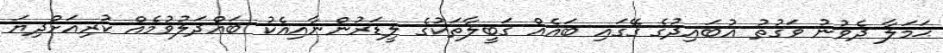
ޙަމަލާ ދެވުނު ވަގުތު އުބައިދުގެ ގޭގައި ބައެއް ޤަބީލާތަކުގެ ލީޑަރުންނާއިއެކު ބައްދަލުވުމެއް ކުރިއަށްދިޔަ